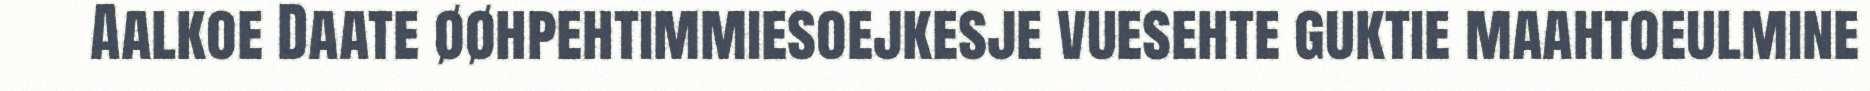
Aalkoe Daate øøhpehtimmiesoejkesje vuesehte guktie maahtoeulmine